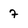
Character: 7